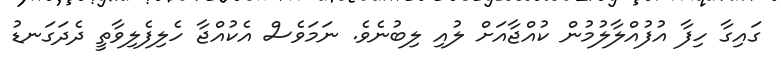
ގައިގާ ހިފާ އުފުއްލާލުމުން ކުއްޖާއަށް ލުއި ލިބުނެވެ. ނަމަވެސް އެކުއްޖާ ހެލިފެލިވާތީ ދެދަގަނޑު